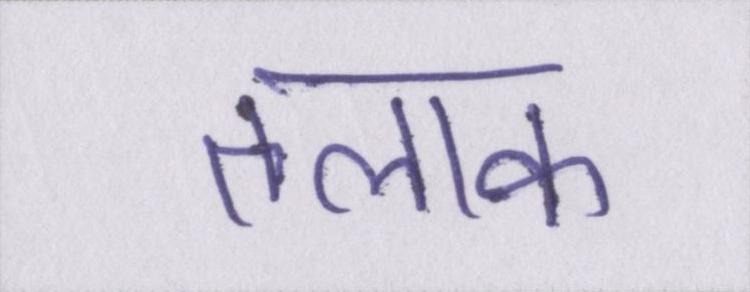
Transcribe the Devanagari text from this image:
तलाक